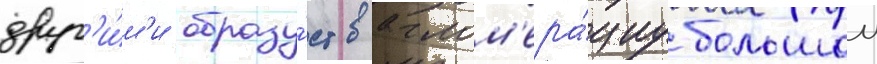
друг'и́м'и образу́ет аглом'ера́циу большои